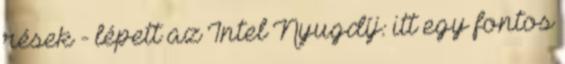
rések - lépett az Intel Nyugdíj: itt egy fontos